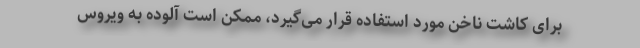
برای کاشت ناخن مورد استفاده قرار می‌گیرد، ممکن است آلوده به ویروس